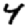
Digit: 4